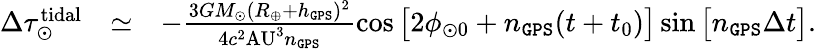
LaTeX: \begin{array}{rlr}{\Delta\tau_{\odot}^{\mathrm{tidal}}}&{\simeq}&{-\frac{3GM_{\odot}(R_{\oplus}+h_{\tt GPS})^{2}}{4c^{2}\mathrm{AU}^{3}n_{\tt GPS}}\cos\big[2\phi_{\odot 0}+n_{\tt GPS}(t+t_{0})\big]\sin\big[n_{\tt GPS}\Delta t\big].}\end{array}